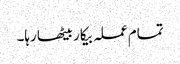
تمام عملہ بیکار بیٹھا رہا۔